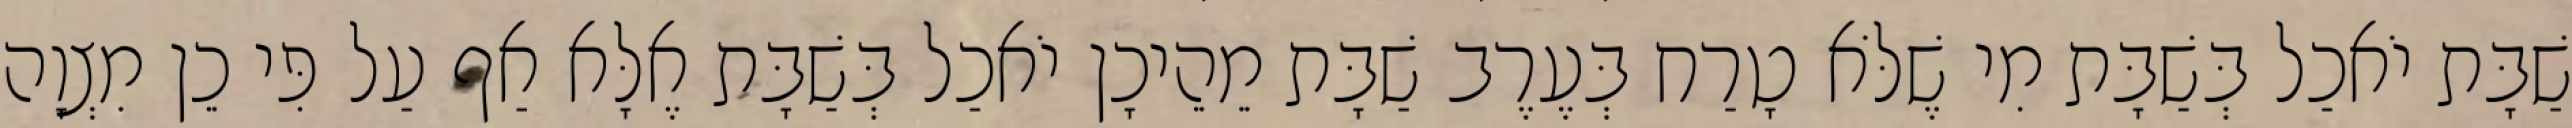
שַׁבָּת יֹאכַל בְּשַׁבָּת מִי שֶׁלֹּא טָרַח בְּעֶרֶב שַׁבָּת מֵהֵיכָן יֹאכַל בְּשַׁבָּת אֶלָּא אַף עַל פִּי כֵן מִצְוָה